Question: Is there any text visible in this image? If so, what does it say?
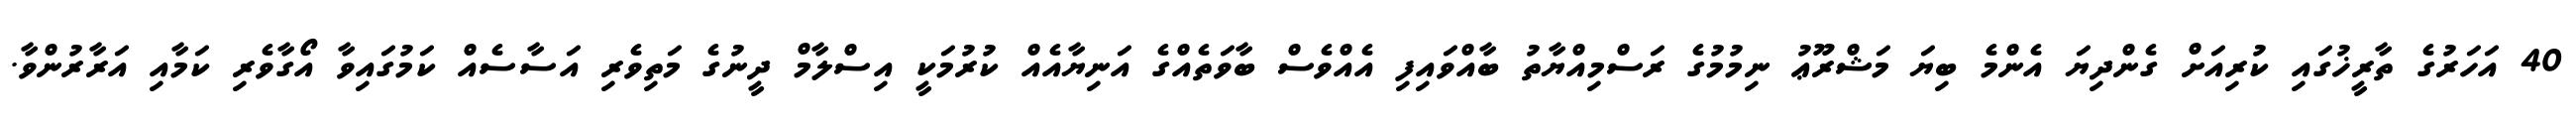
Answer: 40 އަހަރުގެ ތާރީޚުގައި ކުރިއަށް ގެންދިޔަ އެންމެ ބިޔަ މަޝްރޫޢު ނިމުމުގެ ރަސްމިއްޔާތު ބާއްވައިފި އެއްވެސް ބާވަތެއްގެ އަނިޔާއެއް ކުރުމަކީ އިސްލާމް ދީނުގެ މަތިވެރި އަސާސެއް ކަމުގައިވާ އޯގާވެރި ކަމާއި އަރާރުންވާ.